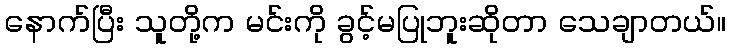
နောက်ပြီး သူတို့က မင်းကို ခွင့်မပြုဘူးဆိုတာ သေချာတယ်။